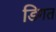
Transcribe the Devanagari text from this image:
डिगत